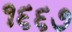
૧૬૬૭